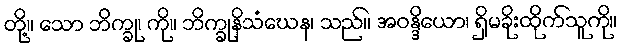
တို့။ သော ဘိက္ခု၊ ကို။ ဘိက္ခုနိသံဃေန၊ သည်။ အဝန္ဒိယော၊ ရှိမခိုးထိုက်သူကို။